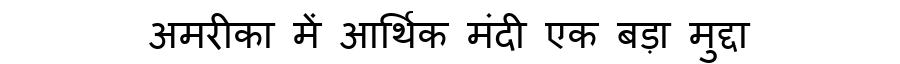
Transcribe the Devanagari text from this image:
अमरीका में आर्थिक मंदी एक बड़ा मुद्दा